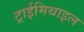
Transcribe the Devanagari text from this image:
ट्राईमिथाइल